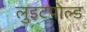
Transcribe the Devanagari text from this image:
लुइटपोल्ड